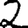
Digit: 2